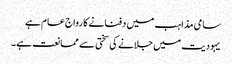
سامی مذاہب میں دفنانے کا رواج عام ہے
یہودیت میں جلانے کی سختی سے ممانعت ہے۔